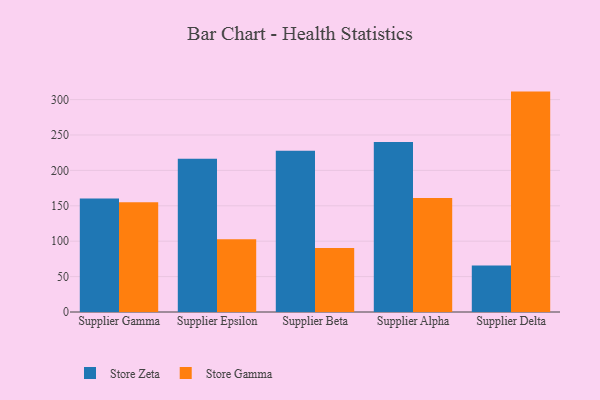
{"axis": {"x": "Supplier", "y": "Bounce Rate (%)"}, "legend": ["Store Gamma", "Store Zeta"], "data": [{"x": "Supplier Gamma", "y": 160.4, "type": "Store Zeta"}, {"x": "Supplier Gamma", "y": 154.9, "type": "Store Gamma"}, {"x": "Supplier Epsilon", "y": 216.6, "type": "Store Zeta"}, {"x": "Supplier Epsilon", "y": 102.7, "type": "Store Gamma"}, {"x": "Supplier Beta", "y": 227.6, "type": "Store Zeta"}, {"x": "Supplier Beta", "y": 90.3, "type": "Store Gamma"}, {"x": "Supplier Alpha", "y": 240.1, "type": "Store Zeta"}, {"x": "Supplier Alpha", "y": 161.0, "type": "Store Gamma"}, {"x": "Supplier Delta", "y": 65.8, "type": "Store Zeta"}, {"x": "Supplier Delta", "y": 311.3, "type": "Store Gamma"}]}